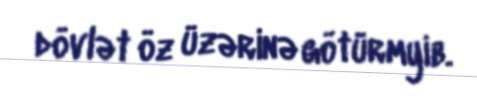
dövlət öz üzərinə götürmyib.